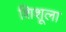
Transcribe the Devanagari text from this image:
शिशूला